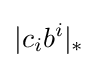
|c_{i}b^{i}|_{*}